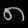
Digit: ၈